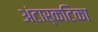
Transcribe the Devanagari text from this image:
अंटार्कटिका